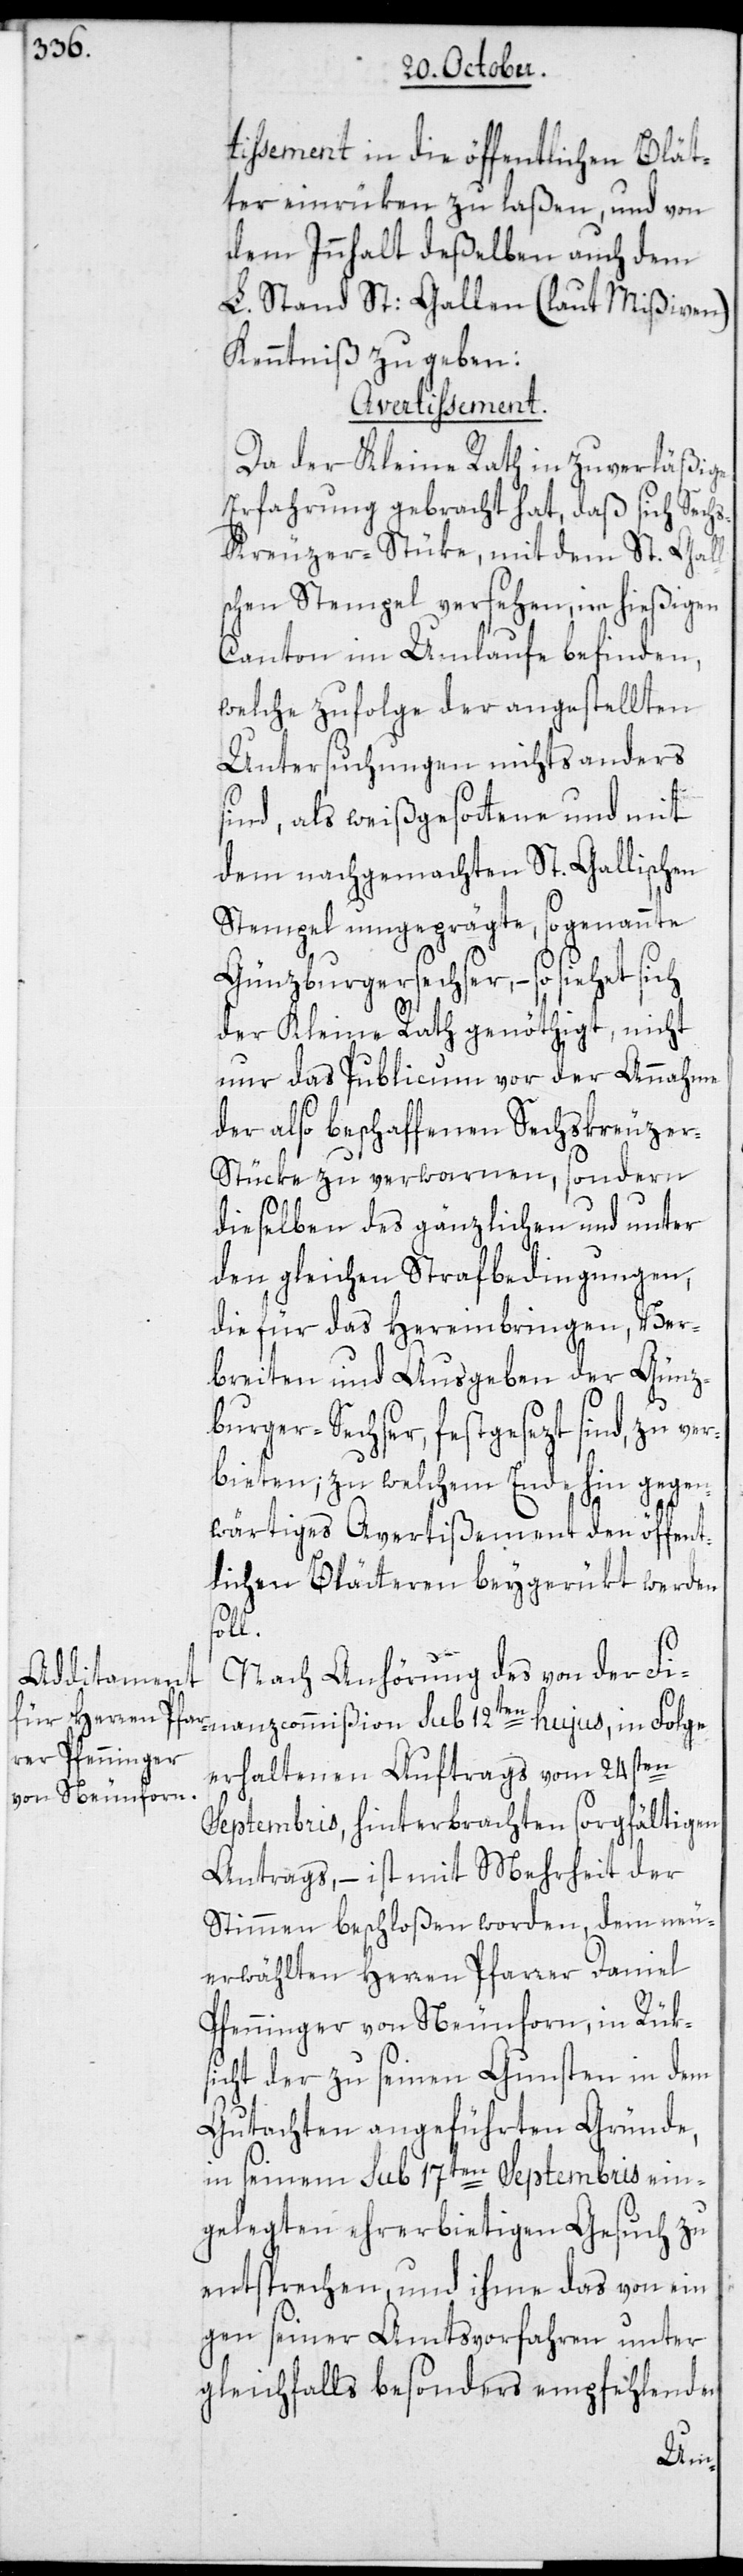
tissement in die öffentlichen Blät¬
ter einrüken zu laßen, und von
dem Innhalt deßelben auch dem
L. Stand St: Gallen (laut Mißiven)
Kenntniß zu geben:
Avertissement.
Da der Kleine Rath in zuverläßige
Erfahrung gebracht hat, daß sich Sech¬
s-Kreuzer-Stüke, mit dem St. Gall¬
schen Stempel versehen, im hießigen
Canton im Umlaufe befinden,
welche zufolge der angestellten
Untersuchungen nichts anders
sind, als weißgesottene und mit
dem nachgemachten St. Gallischen
Stempel umgeprägte, so genannte
Günzburgersechser, – so siehet sich
der Kleine Rath genöthigt, nicht
nur das Publicum vor der Annahme
der also beschaffenen Sechskreuze¬
r-Stücke zu verwarnen, sondern
dieselben des gänzlichen und unter
den gleichen Strafbedingungen,
die für das Hereinbringen, Ver¬
breiten und Ausgeben der Günz¬
burger-Sechser, festgesezt sind, zu ve¬
rbieten, zu welchem Ende hin gegen¬
wärtiges Avertißement den öffent¬
lichen Blätteren beygerückt werden
sol¬
l.
Nach Anhörung des von der Fi¬
nanzcommißion sub 12ten hujus, in Folge
erhaltenen Auftrags vom 24sten
Septembris, hinterbrachten sorgfältigen
Antrags, – ist mit Mehrheit der
Stimmen beschloßen worden, dem neu¬
erwählten Herren Pfarrer Daniel
Pfenninger von Neunforn, in Rüks¬
icht der zu seinen Gunsten in dem
Gutachten angeführten Gründe,
in seinem sub 17ten Septembris ein¬
gelegten ehrerbietigen Gesuch zu
entsprechen, und ihme das von ein¬
igen seiner Amtsvorfahren unter
gleichfalls besonders empfehlenden